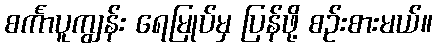
စင်္ကာပူကျွန်း ရေမြုပ်မှ ပြန်ဖို့ စဉ်းစားမယ်။